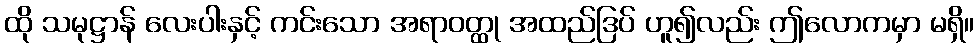
ထို သမုဋ္ဌာန် လေးပါးနှင့် ကင်းသော အရာဝတ္ထု အထည်ဒြပ် ဟူ၍လည်း ဤလောကမှာ မရှိ။